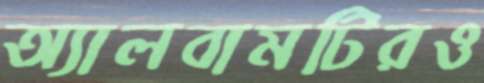
অ্যালবামটিরও